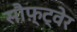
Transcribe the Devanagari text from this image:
सौफ़्ट्वेर